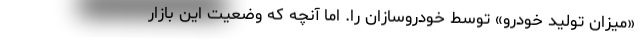
«میزان تولید خودرو» توسط خودروسازان را. اما آنچه که وضعیت این بازار